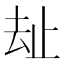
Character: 𱑤